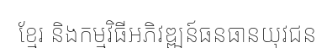
ខ្មែរ និងកម្មវិធីអភិវឌ្ឍន៍ធនធានយុវជន